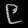
Digit: ၉